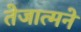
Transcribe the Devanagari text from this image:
तेजात्मने